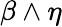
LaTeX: \beta\wedge\eta